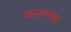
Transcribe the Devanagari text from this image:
कलण्यास